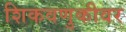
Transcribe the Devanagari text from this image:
शिकवणुकीवर